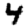
Digit: 4